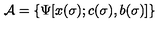
{ \cal A } = \{ \Psi [ x ( \sigma ) ; c ( \sigma ) , b ( \sigma ) ] \}